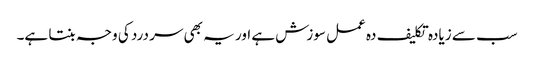
سب سے زیادہ تکلیف دہ عمل سوزش ہے اور یہ بھی سر درد کی وجہ بنتا ہے۔